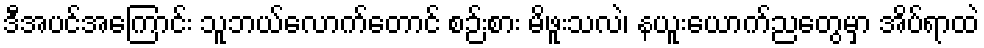
ဒီအပင်အကြောင်း သူဘယ်လောက်တောင် စဉ်းစား မိဖူးသလဲ၊ နယူးယောက်ညတွေမှာ အိပ်ရာထဲ